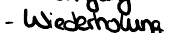
- Wiederholung